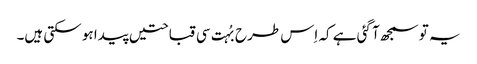
یہ تو سمجھ آ گئی ہے کہ اِس طرح بُہت سی قباحتیں پیدا ہو سکتی ہیں۔